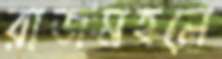
রাজমহলে